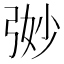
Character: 𭚵